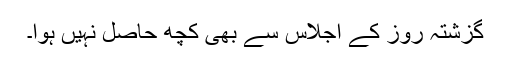
گزشتہ روز کے اجلاس سے بھی کچھ حاصل نہیں ہوا۔